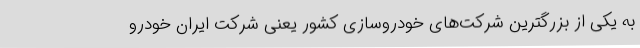
به یکی از بزرگترین شرکت‌های خودروسازی کشور یعنی شرکت ایران خودرو